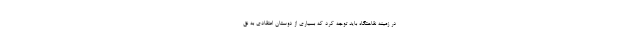
در زمینه نقاهتگاه باید توجه کرد که بسیاری از دوستان اعتقادی به نق